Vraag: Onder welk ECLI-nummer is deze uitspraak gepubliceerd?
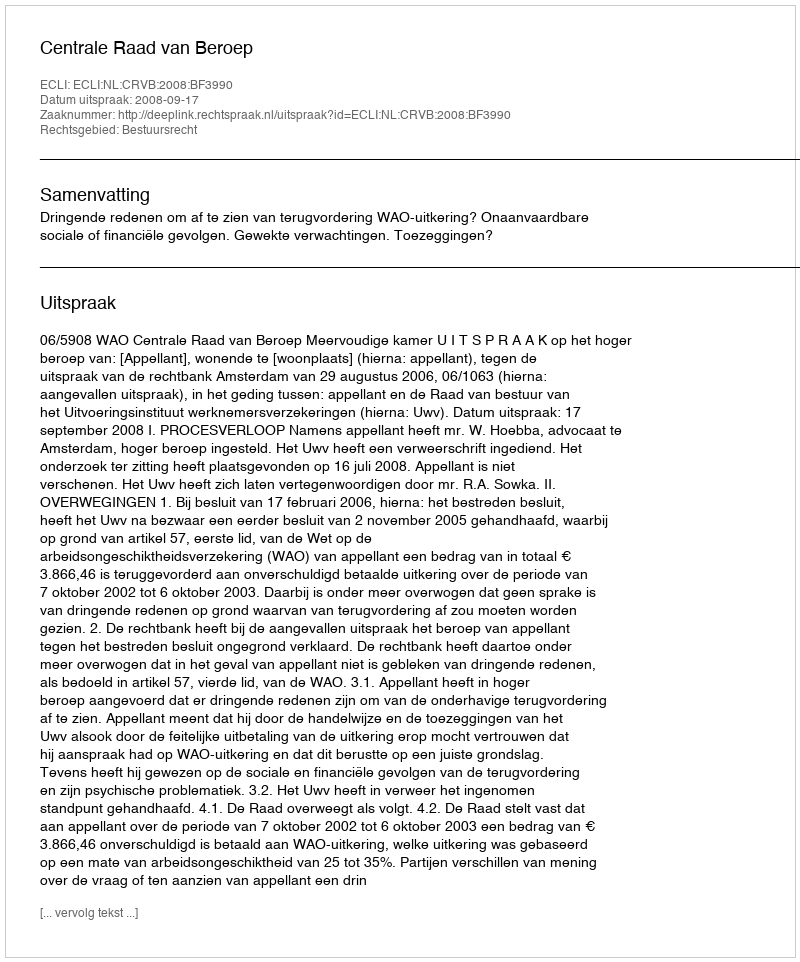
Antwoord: ECLI:NL:CRVB:2008:BF3990